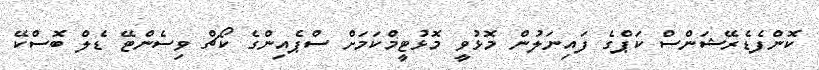
ކޮންފެޑެރޭޝަންސް ކަޕްގެ ފައިނަލުން މޮޅުވީ މޮޅުޓީމްކަމަށް ސްޕެއިންގެ ކޯޗް ވިސެންޓޭ ޑެލް ބޮސްކޭ